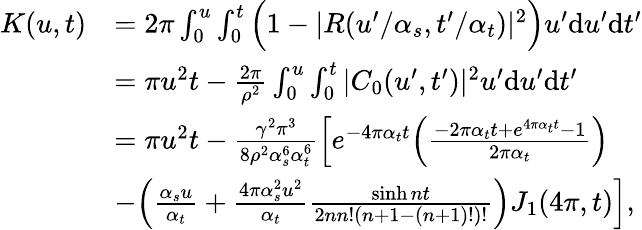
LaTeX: \begin{array}{rl}{K(u,t)}&{=2\pi\int_{0}^{u}\int_{0}^{t}\Big(1-|R(u^{\prime}/\alpha_{s},t^{\prime}/\alpha_{t})|^{2}\Big)u^{\prime}\mathrm du^{\prime}\mathrm dt^{\prime}}\\ &{=\pi u^{2}t-\frac{2\pi}{\rho^{2}}\int_{0}^{u}\int_{0}^{t}|C_{0}(u^{\prime},t^{\prime})|^{2}u^{\prime}\mathrm du^{\prime}\mathrm dt^{\prime}}\\ &{=\pi u^{2}t-\frac{\gamma^{2}\pi^{3}}{8\rho^{2}\alpha_{s}^{6}\alpha_{t}^{6}}\Big[e^{-4\pi\alpha_{t}t}\Big(\frac{-2\pi\alpha_{t}t+e^{4\pi\alpha_{t}t}-1}{2\pi\alpha_{t}}\Big)}\\ &{-\Big(\frac{\alpha_{s}u}{\alpha_{t}}+\frac{4\pi\alpha_{s}^{2}u^{2}}{\alpha_{t}}\frac{\sinh nt}{2nn!(n+1-(n+1)!)!}\Big)J_{1}(4\pi,t)\Big],}\end{array}